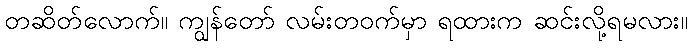
တဆိတ်လောက်။ ကျွန်တော် လမ်းတဝက်မှာ ရထားက ဆင်းလို့ရမလား။